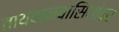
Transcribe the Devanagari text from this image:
तायवानवासियांवर